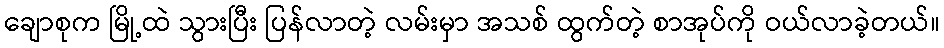
ချောစုက မြို့ထဲ သွားပြီး ပြန်လာတဲ့ လမ်းမှာ အသစ် ထွက်တဲ့ စာအုပ်ကို ဝယ်လာခဲ့တယ်။